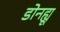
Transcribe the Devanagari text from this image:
डोनह्यू